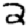
Digit: 2